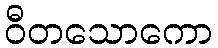
ဝီတသောကော